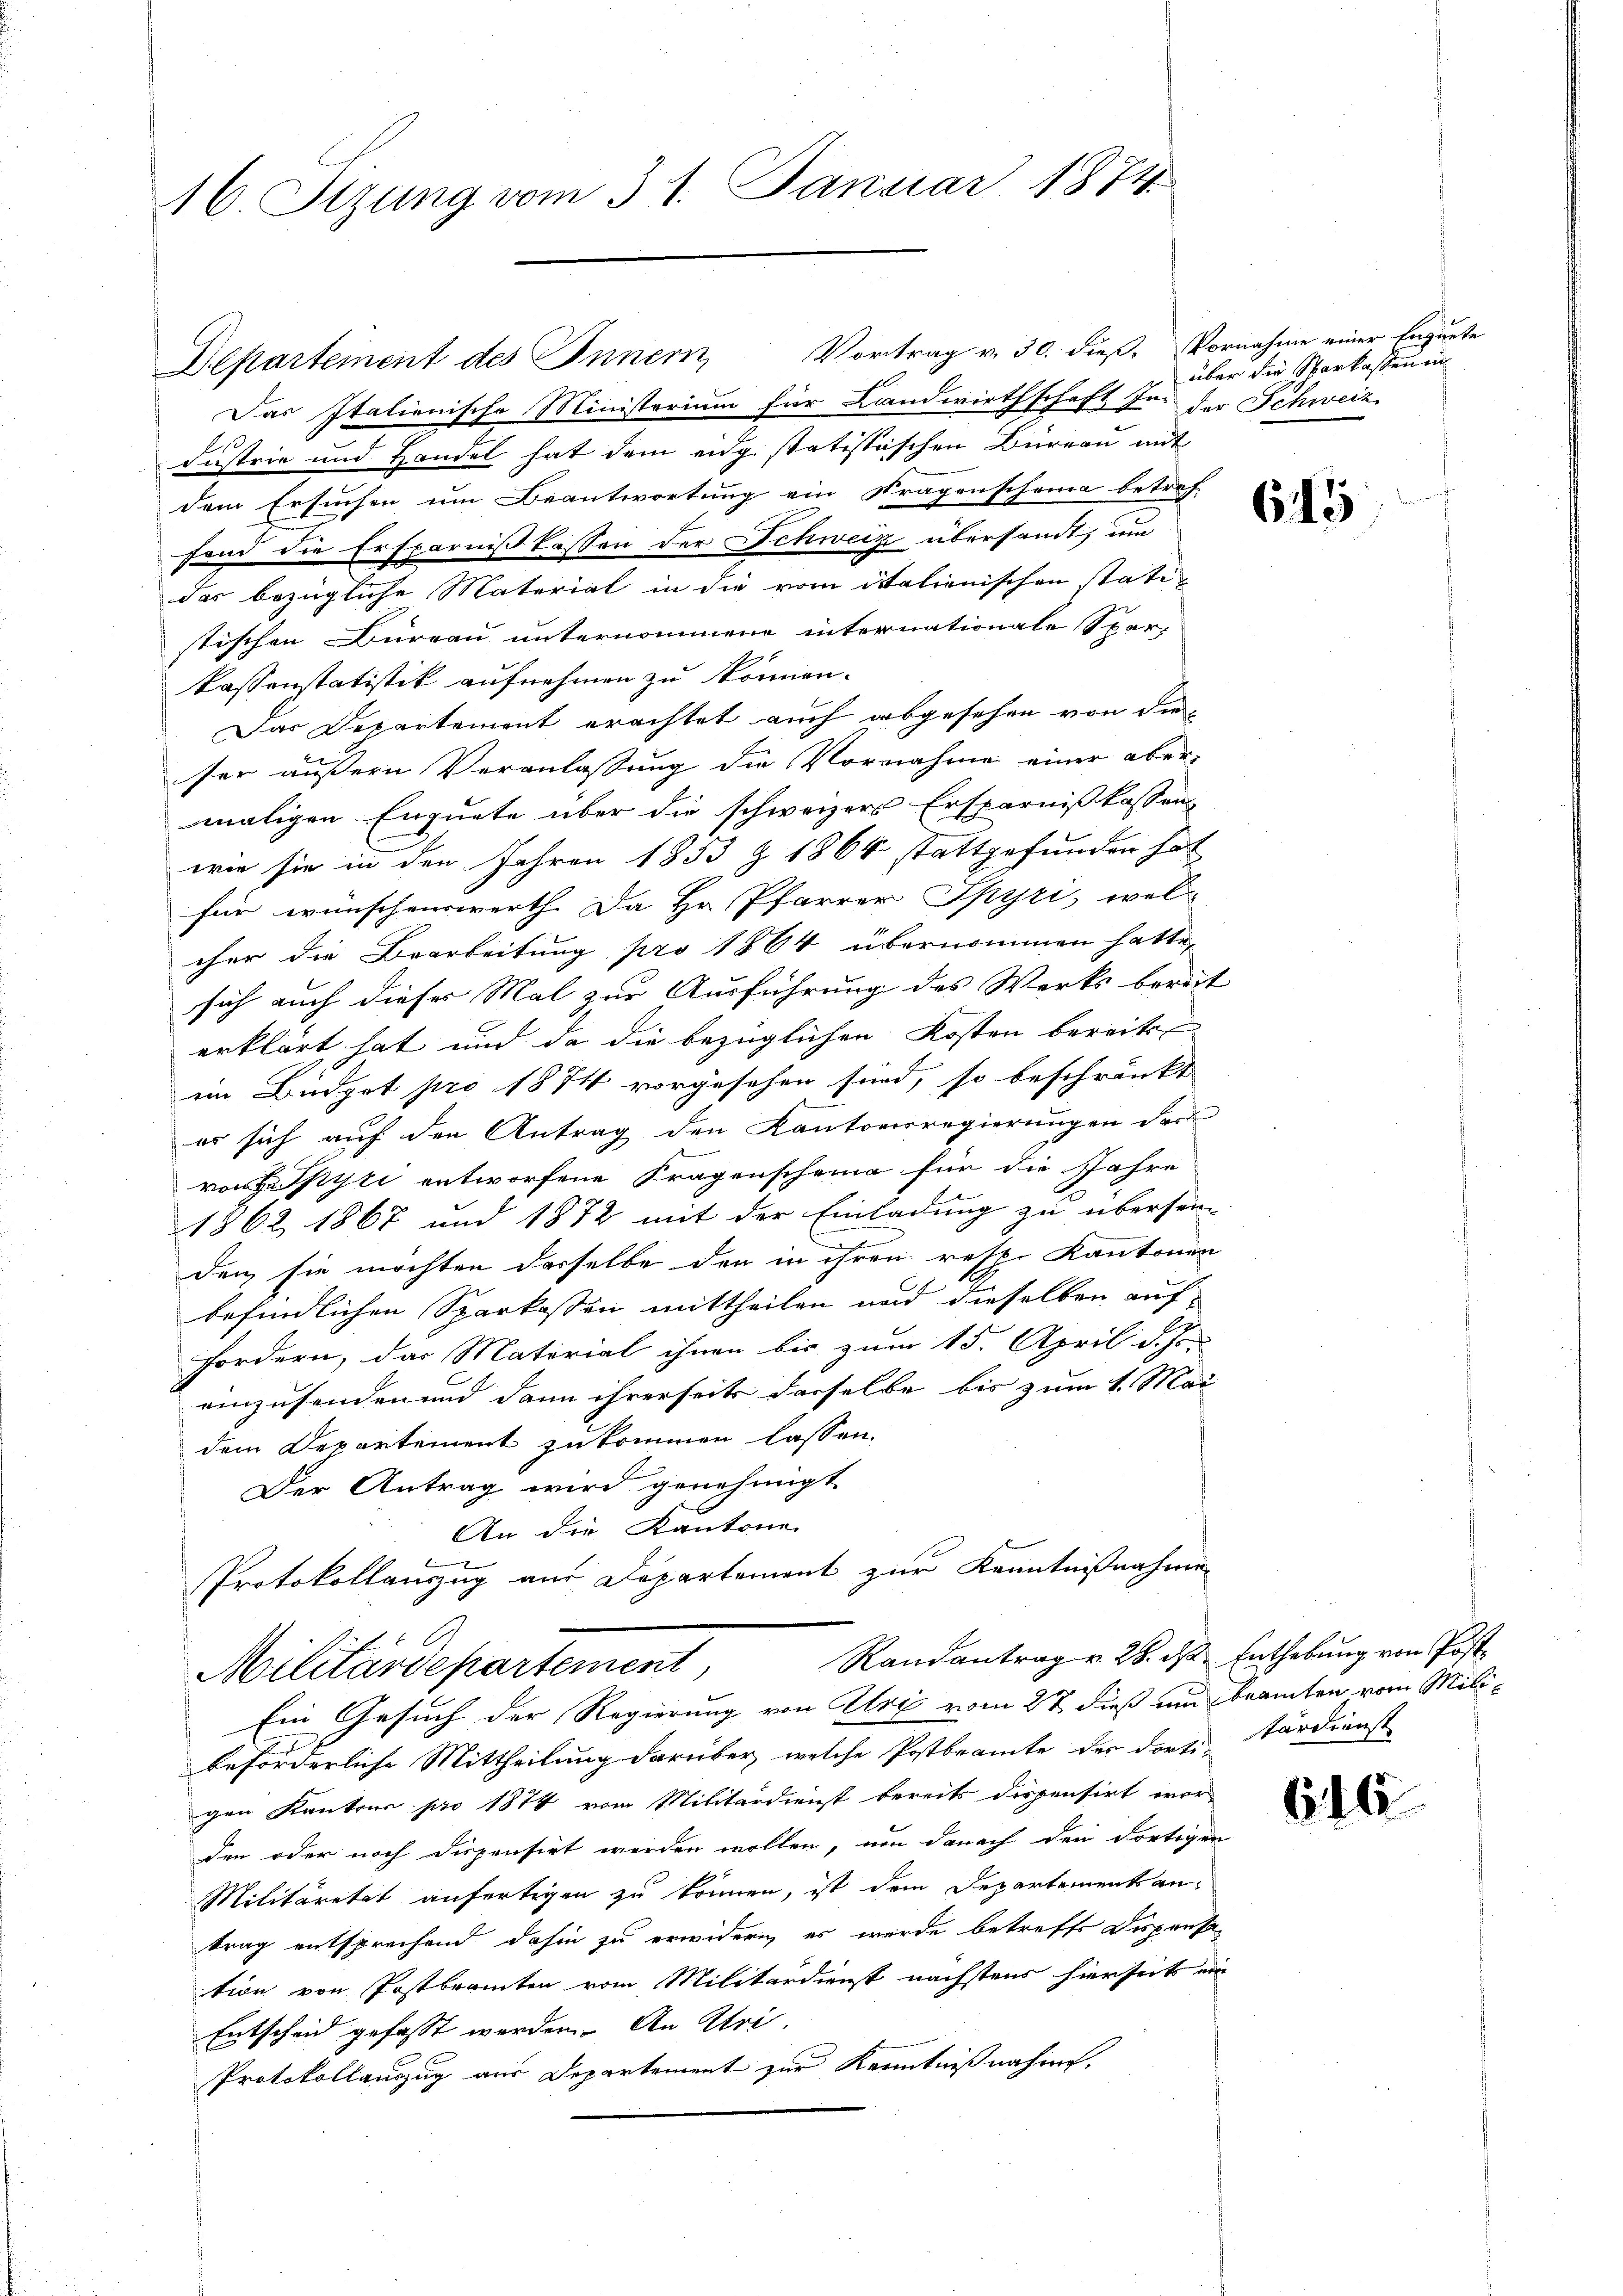
16. Stzung vom 31. Januar 1874

Das Italienische Ministerium für Landwirthschaft Inn der Schweiz
b. so
Fustrie und Handel hat dem eidg. statistischen Büreau mit
dem Ersuchen um Beantwortung ein Stragenschema betref-
fond die Ersparniß kassen der Schweiz übersandt, um
das bezügliche Material in die vom italienischen statistischen Büreau unternommene internationale Spar-
kassenstatistik aufnehmen zu können.
Das Departement erachtet auch abgesehen von dieser äussern Veranlassung die Vornahme einer aber
maligen Enquete über die schweizer Ersparnißkassen
wie sie in den Jahren 1853 & 1864 stattgefunden hat
für wünschenswerth. Da Hr. Pfarrer Spyri, wel
cher die Bearbeitung pro 1864 übernommen hatte,
sich auch dieser Mal zur Ausführung des Werks bereit
erklärt hat und da die bezüglichen Kosten bereits
ein Büdget pro 1874 vorgesehen sind, so beschränkt
er sich auf den Antrag den Kantonsregierungen des
von Gatti entworfene Fragenscheine für die Jahre
1862, 1867 und 1872 mit der Einladung zu übersen-
den, sie möchten dasselbe den in ihren resp. Kantonen
befindlichen Sparkassen mittheilen und dieselben auf-
Fordern, das Material ihnen bis zum 15. April d. Js.
einzusenden und dann ihrerseits derselbe bis zum 1. Mai
dem Departement zukommen lassen.
Der Antrag wird genehmigt
An die Kantone
Protokollauszug aus Departement zur Kenntnißnahme
Randantrag v. 28. ds Enthebung vom Poste
Militärdepartement,
Ein Gesuch der Regierung von Uri vom 27 dieß um beamten vom Milibeförderliche Mittheilung darüber, welche Postbeamte der dort tärdienst
gen Kantons pro 1874 vom Militärdienst bereits dispensirt wor-
den oder noch dispensirt werden wollen, um danach den dortigen
Militäretat anfertigen zu können, ist dem Departementsantrag entsprechend dahin zu erwidern, er wurde betreffe Dispensation von Postbeamten vom Militärdienst nächstens hierseits ein
Entscheid gefasst werden. An Stri
Protokollauszug aus Departement zur Kenntnißnahme.

Departement des Innern, Vortrag v. 30. dieß, Vornahme einer Enquete

über die Verkassen in

645

640